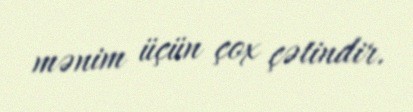
mənim üçün çox çətindir.